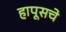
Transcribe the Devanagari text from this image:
हापूसचे